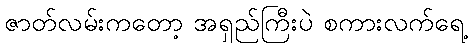
ဇာတ်လမ်းကတော့ အရှည်ကြီးပဲ စကားလက်ရေ့